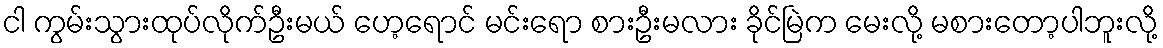
ငါ ကွမ်းသွားထုပ်လိုက်ဦးမယ် ဟေ့ရောင် မင်းရော စားဦးမလား ခိုင်မြဲက မေးလို့ မစားတော့ပါဘူးလို့